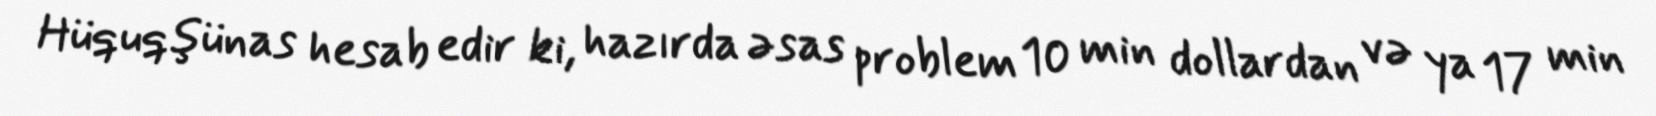
Hüquqşünas hesab edir ki, hazırda əsas problem 10 min dollardan və ya 17 min